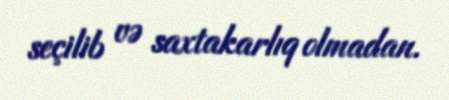
seçilib və saxtakarlıq olmadan.